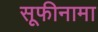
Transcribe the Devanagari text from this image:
सूफीनामा